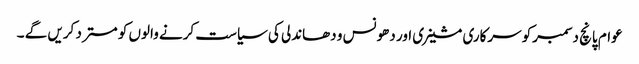
عوام پانچ دسمبرکو سرکاری مشینری اور دھونس و دھاندلی کی سیاست کرنے والوں کو مستر د کریں گے ۔